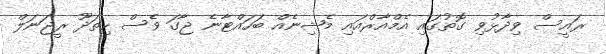
ރައީސް ވިދާޅުވި ގޮތުގައި އެމްއާރްއައި މެޝިނެއް ބަހައްޓާނެ ޖާގަ ވެސް ހިތަދޫ ރީޖަނަލް